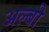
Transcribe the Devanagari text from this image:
अल्बी